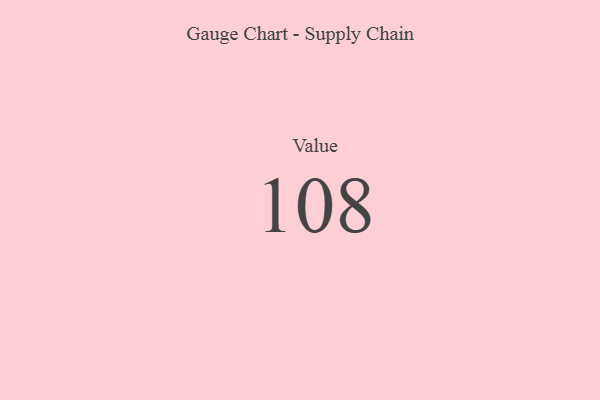
{"axis": {"x": "Metric", "y": "Value"}, "legend": [""], "data": [{"x": "Value", "y": 108, "type": ""}]}